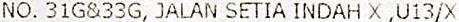
NO. 31G&33G, JALAN SETIA INDAH X ,U13/X